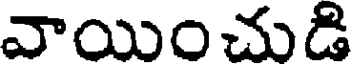
వాయించుడి